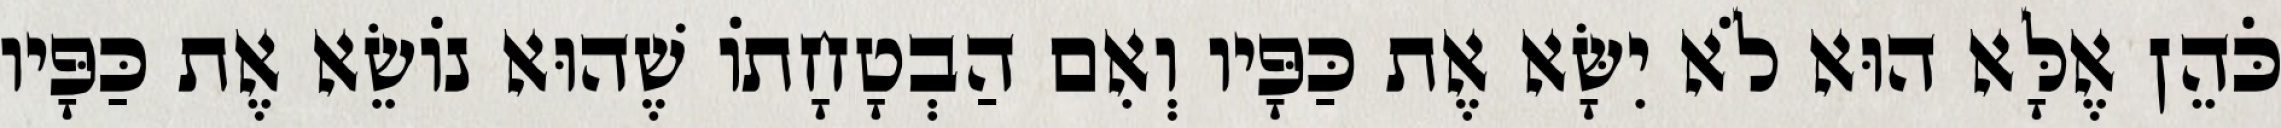
כֹּהֵן אֶלָּא הוּא לֹא יִשָּׂא אֶת כַּפָּיו וְאִם הַבְטָחָתוֹ שֶׁהוּא נוֹשֵׂא אֶת כַּפָּיו